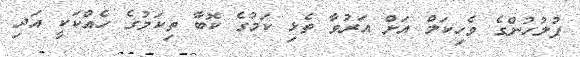
ފުލުހުންގެ ވެހިކަލް އަށް އަރުވާ ތެޅި ކަމުގެ ކޮބާ ތިކަމުގެ ހެއްކަކީ އަދި